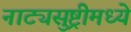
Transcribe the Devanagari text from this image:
नाट्यसुष्ट्रीमध्ये